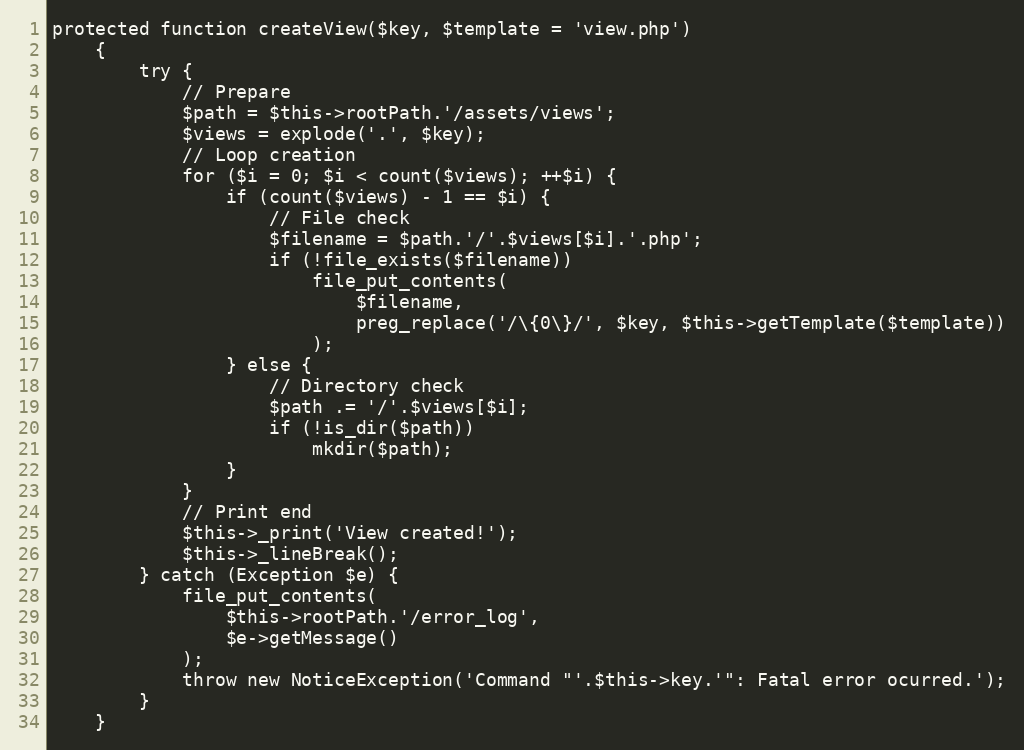
Language: PHP
protected function createView($key, $template = 'view.php')
    {
        try {
            // Prepare
            $path = $this->rootPath.'/assets/views';
            $views = explode('.', $key);
            // Loop creation
            for ($i = 0; $i < count($views); ++$i) {
                if (count($views) - 1 == $i) {
                    // File check
                    $filename = $path.'/'.$views[$i].'.php';
                    if (!file_exists($filename))
                        file_put_contents(
                            $filename,
                            preg_replace('/\{0\}/', $key, $this->getTemplate($template))
                        );
                } else {
                    // Directory check
                    $path .= '/'.$views[$i];
                    if (!is_dir($path))
                        mkdir($path);
                }
            }
            // Print end
            $this->_print('View created!');
            $this->_lineBreak();
        } catch (Exception $e) {
            file_put_contents(
                $this->rootPath.'/error_log',
                $e->getMessage()
            );
            throw new NoticeException('Command "'.$this->key.'": Fatal error ocurred.');
        }
    }